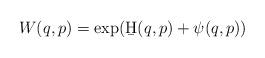
LaTeX: \begin{align*}W(q,p) = \exp( \b H(q,p) + \psi(q,p))\end{align*}